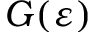
G ( \varepsilon )